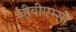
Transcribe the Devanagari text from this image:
जीवीएम्सी